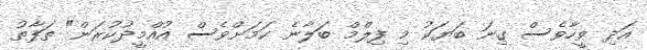
އަދި ވީހާވެސް ގިނަ ބަޔަކު މި ފިލްމް ބަލާނެ ކަމަށްވެސް އުއްމީދުކުރަން" ތަފާތު